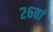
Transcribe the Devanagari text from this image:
२६वां